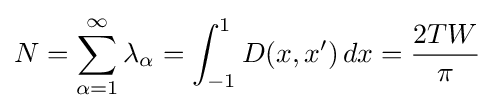
N=\sum _{\alpha =1}^{\infty }\lambda _{\alpha }=\int _{-1}^{1}D(x,x')\,dx={\frac {2TW}{\pi }}